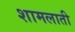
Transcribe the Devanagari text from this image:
शामलाती